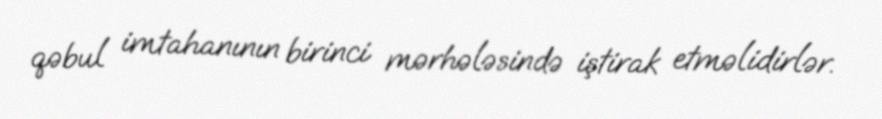
qəbul imtahanının birinci mərhələsində iştirak etməlidirlər.